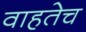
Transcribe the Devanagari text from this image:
वाहतेच